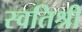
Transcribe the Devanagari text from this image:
स्वतिश्री